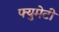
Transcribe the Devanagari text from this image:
फ्युमेटी